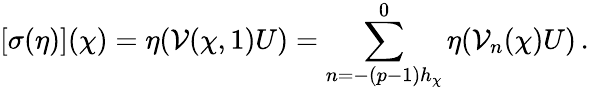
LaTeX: \left[\sigma(\eta)\right](\chi)=\eta(\mathcal{V}(\chi,1)U)=\sum_{n=-(p-1)h_{\chi}}^{0}\eta(\mathcal{V}_{n}(\chi)U)\, .